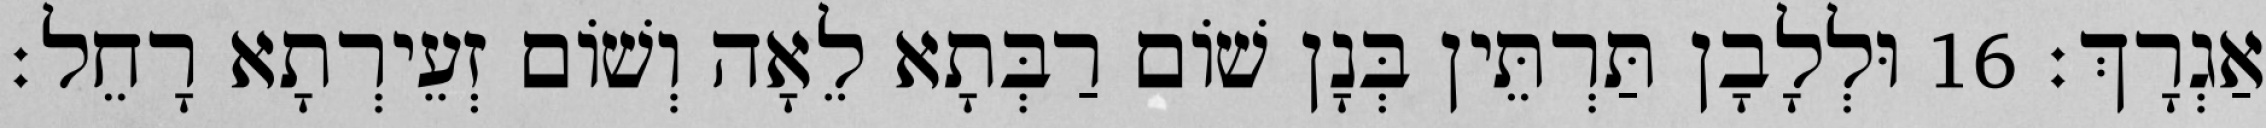
אַגְרָךְ׃ 16 וּלְלָבָן תַּרְתֵּין בְּנָן שׁוֹם רַבְּתָא לֵאָה וְשׁוֹם זְעֵירְתָא רָחֵל׃